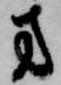
方